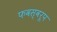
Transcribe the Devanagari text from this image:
फवस्वरूप